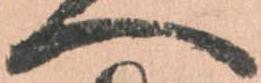
へ